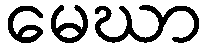
မေဃာ